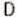
D